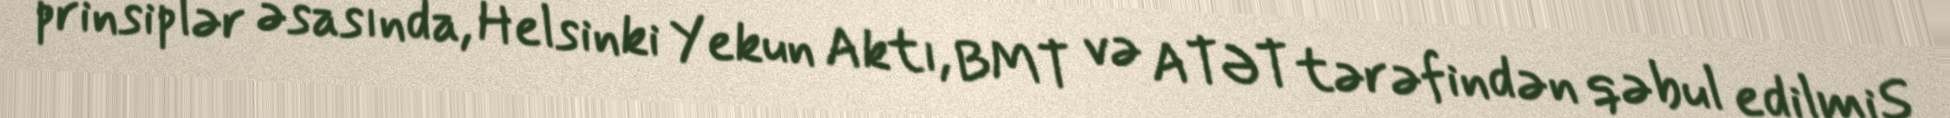
prinsiplər əsasında, Helsinki Yekun Aktı, BMT və ATƏT tərəfindən qəbul edilmiş